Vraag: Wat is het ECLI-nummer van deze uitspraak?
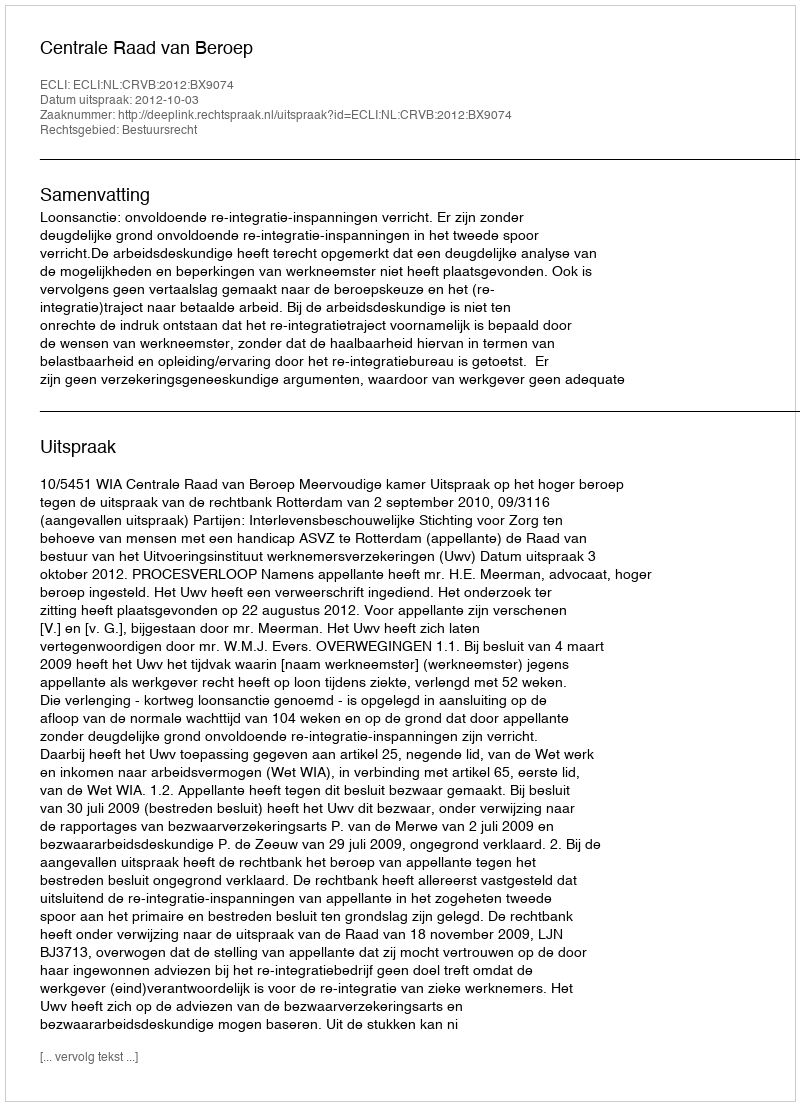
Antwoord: ECLI:NL:CRVB:2012:BX9074